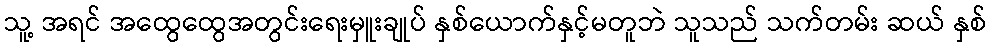
သူ့ အရင် အထွေထွေအတွင်းရေးမှူးချုပ် နှစ်ယောက်နှင့်မတူဘဲ သူသည် သက်တမ်း ဆယ် နှစ်